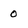
Character: O